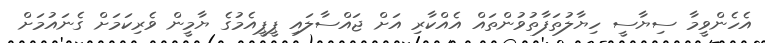
އެހެންވީމާ ސިޔާސީ ހިޔާލުތަފާތުވުންތައް އެއްކާރި އަށް ޖައްސާލައި ޕީޕީއެމުގެ ޔާމީން ވެރިކަމަށް ގެނައުމަށް